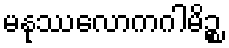
မနုဿလောကဂါမိဉ္စ